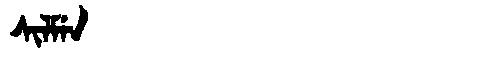
Manchu: ᠰᡳᠯᠮᡝᠨ
Romanization: SILMEN